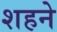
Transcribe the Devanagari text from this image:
शहने